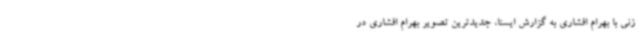
زنی با بهرام افشاری به گزارش ایسنا، جدیدترین تصویر بهرام افشاری در